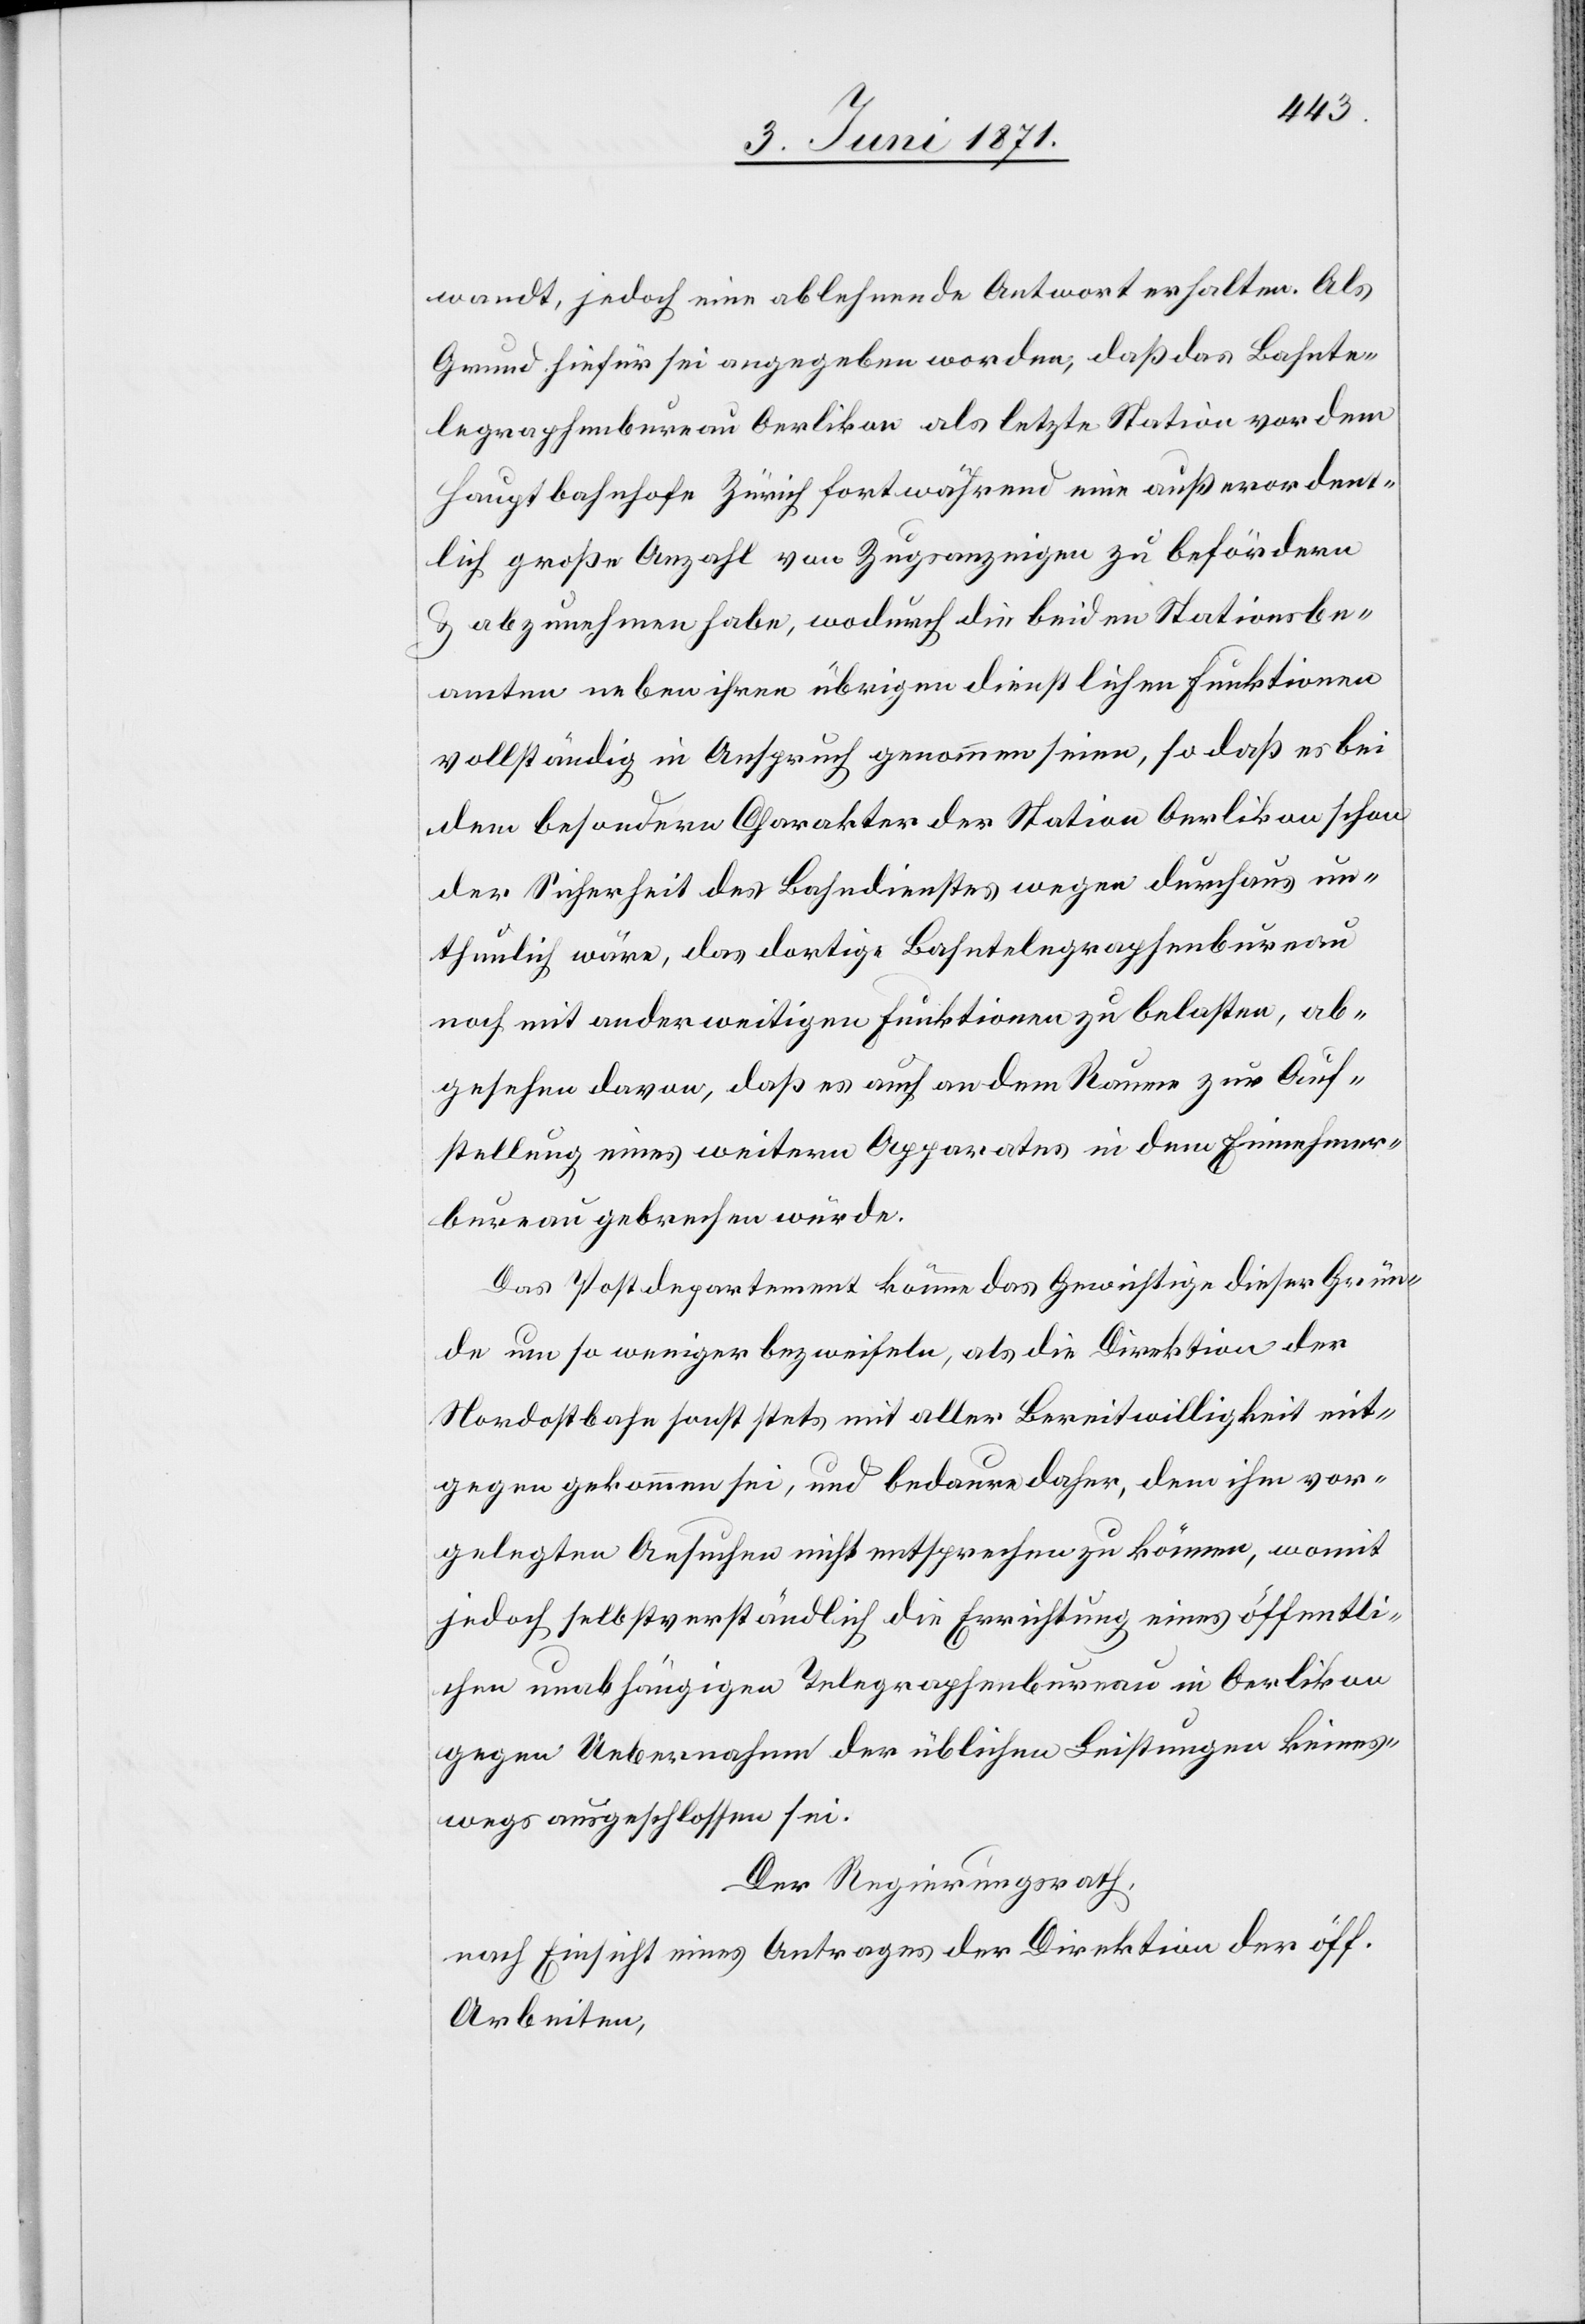
wandt, jedoch eine ablehnende Antwort erhalten. Als
Grund hiefür sei angegeben worden, daß das Bahnte¬
legraphenbureau Oerlikon als letzte Station vor dem
Hauptbahnhofe Zürich fortwährend eine außerordent¬
lich große Anzahl von Zugsanzeigen zu befördern
u. abzunehmen habe, wodurch die beiden Stationsbe¬
amten neben ihren übrigen dienstlichen Funktionen
vollständig in Anspruch genommen seien, so daß es bei
dem besondern Charakter der Station Oerlikon schon
der Sicherheit des Bahndienstes wegen durchaus un¬
thunlich wäre, das dortige Bahntelegraphenbureau
noch mit anderweitigen Funktionen zu belasten, ab¬
gesehen davon, daß es an dem Raum zur Auf¬
stellung eines weitern Apparates in dem Einnehmer¬
bureau gebrechen [sic!] würde.
Das Postdepartement könne das Gewichtige dieser Grün¬
de um so weniger bezweifeln, als die Direktion der
Nordostbahn sonst stets mit aller Bereitwilligkeit mit¬
gegen gekommen sei, und bedaure daher, dem ihm vor¬
gelegten Ansuchen nicht entsprechen zu können, womit
jedoch selbstverständlich die Errichtung eines öffentli¬
chen unabhängigen Telegraphenbureau in Oerlikon
gegen Uebernahme der üblichen Leistungen keines¬
wegs ausgeschlossen sei.
Der Regierungsrath,
nach Einsicht eines Antrages der Direktion der öff.
Arbeiten,